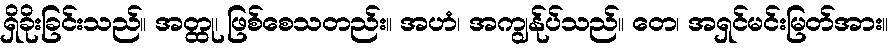
ရှိခိုးခြင်းသည်။ အတ္ထု၊ ဖြစ်စေသတည်း။ အဟံ၊ အကျွန်ုပ်သည်။ တေ၊ အရှင်မင်းမြတ်အား။